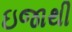
ઇજાથી